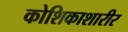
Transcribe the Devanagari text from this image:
कोशिकाशारीर